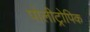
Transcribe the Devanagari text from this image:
पोलीट्रोपिक